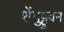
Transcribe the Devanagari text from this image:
शेंगुट्टुवन